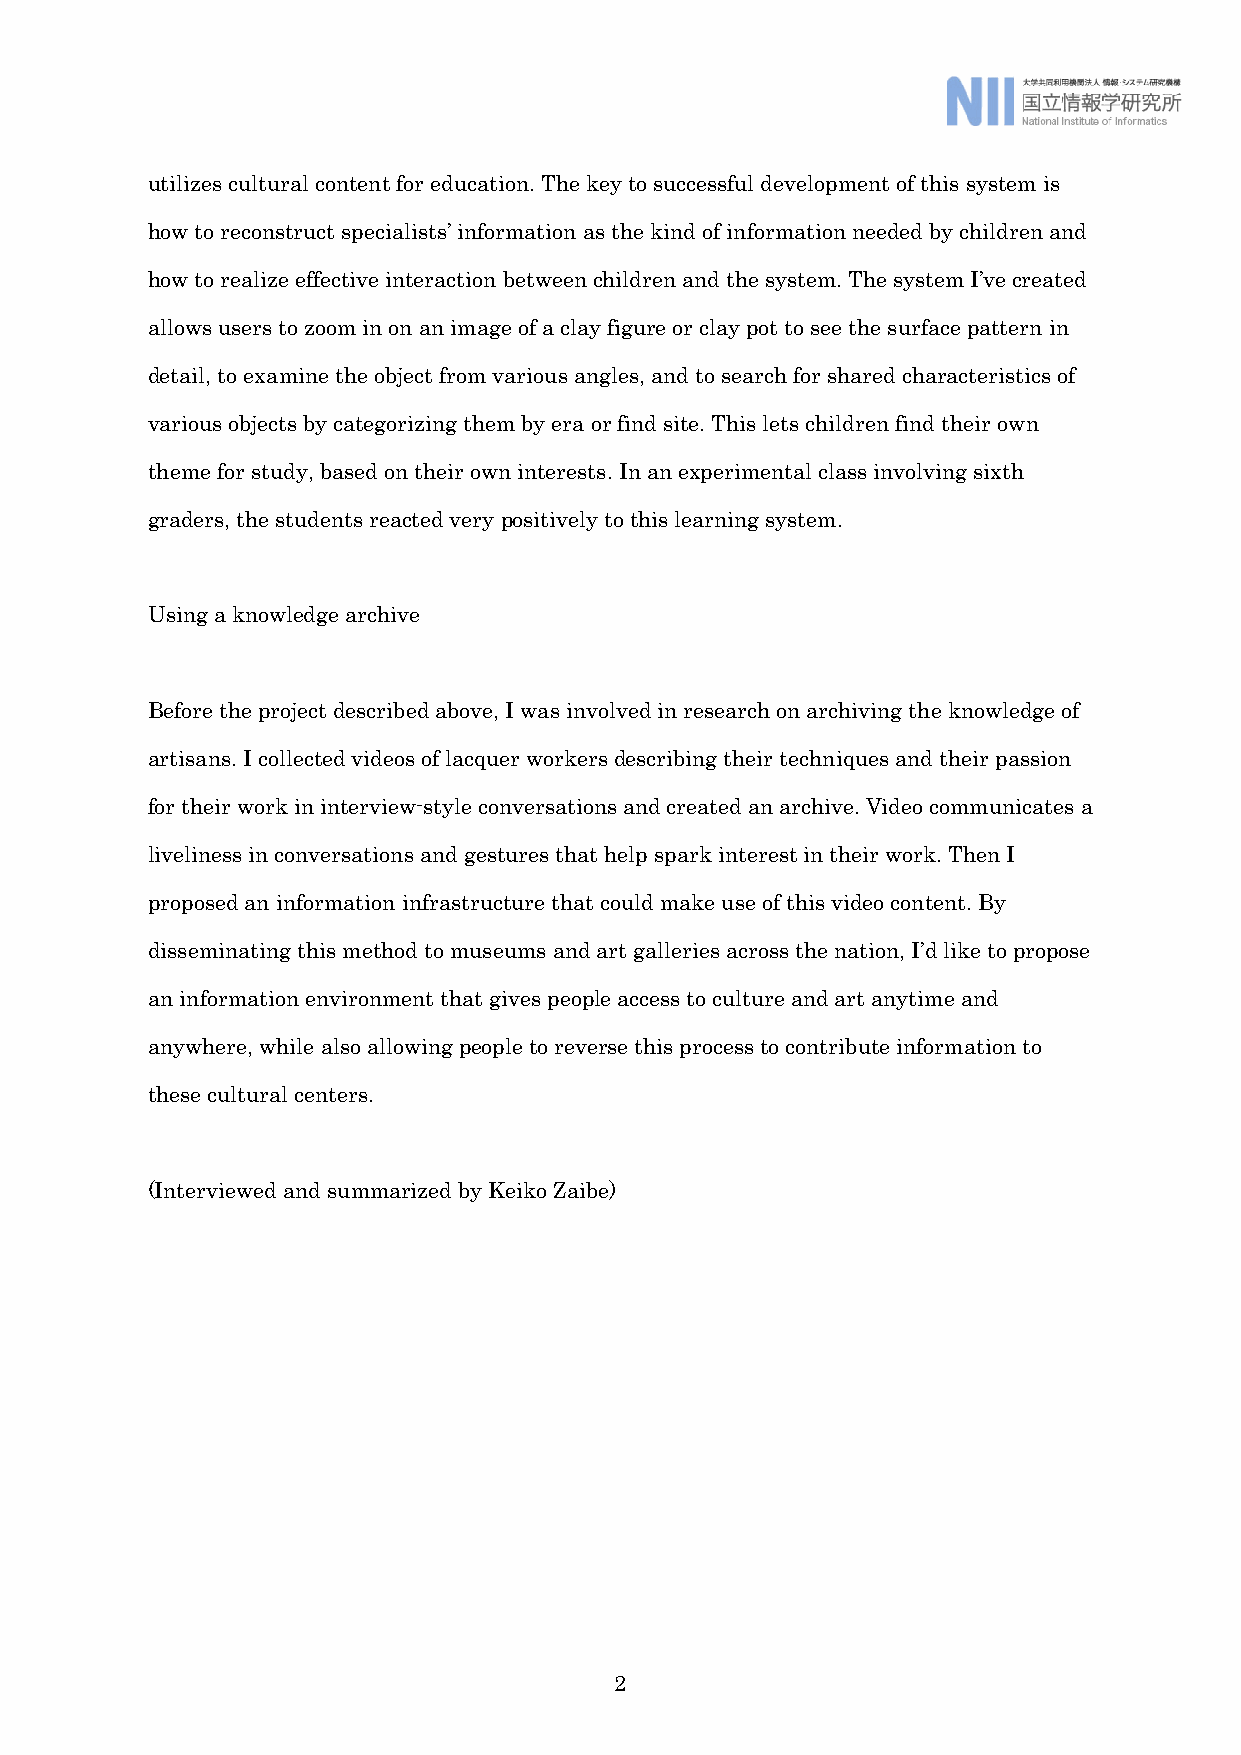
utilizes cultural content for education. The key to successful development of this system is
 how to reconstruct specialists’ information as the kind of information needed by children and
 how to realize effective interaction between children and the system. The system I’ve created
 allows users to zoom in on an image of a clay figure or clay pot to see the surface pattern in
 detail, to examine the object from various angles, and to search for shared characteristics of
 various objects by categorizing them by era or find site. This lets children find their own
 theme for study, based on their own interests. In an experimental class involving sixth
 graders, the students reacted very positively to this learning system.
 Using a knowledge archive
 Before the project described above, I was involved in research on archiving the knowledge of
 artisans. I collected videos of lacquer workers describing their techniques and their passion
 for their work in interview-style conversations and created an archive. Video communicates a
 liveliness in conversations and gestures that help spark interest in their work. Then I
 proposed an information infrastructure that could make use of this video content. By
 disseminating this method to museums and art galleries across the nation, I’d like to propose
 an information environment that gives people access to culture and art anytime and
 anywhere, while also allowing people to reverse this process to contribute information to
 these cultural centers.
 (Interviewed and summarized by Keiko Zaibe)
 2